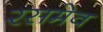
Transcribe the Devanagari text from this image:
रसमेव